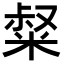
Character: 𥺤